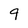
Character: 9